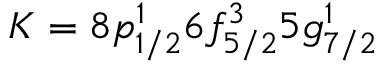
K = 8 p _ { 1 / 2 } ^ { 1 } 6 f _ { 5 / 2 } ^ { 3 } 5 g _ { 7 / 2 } ^ { 1 }